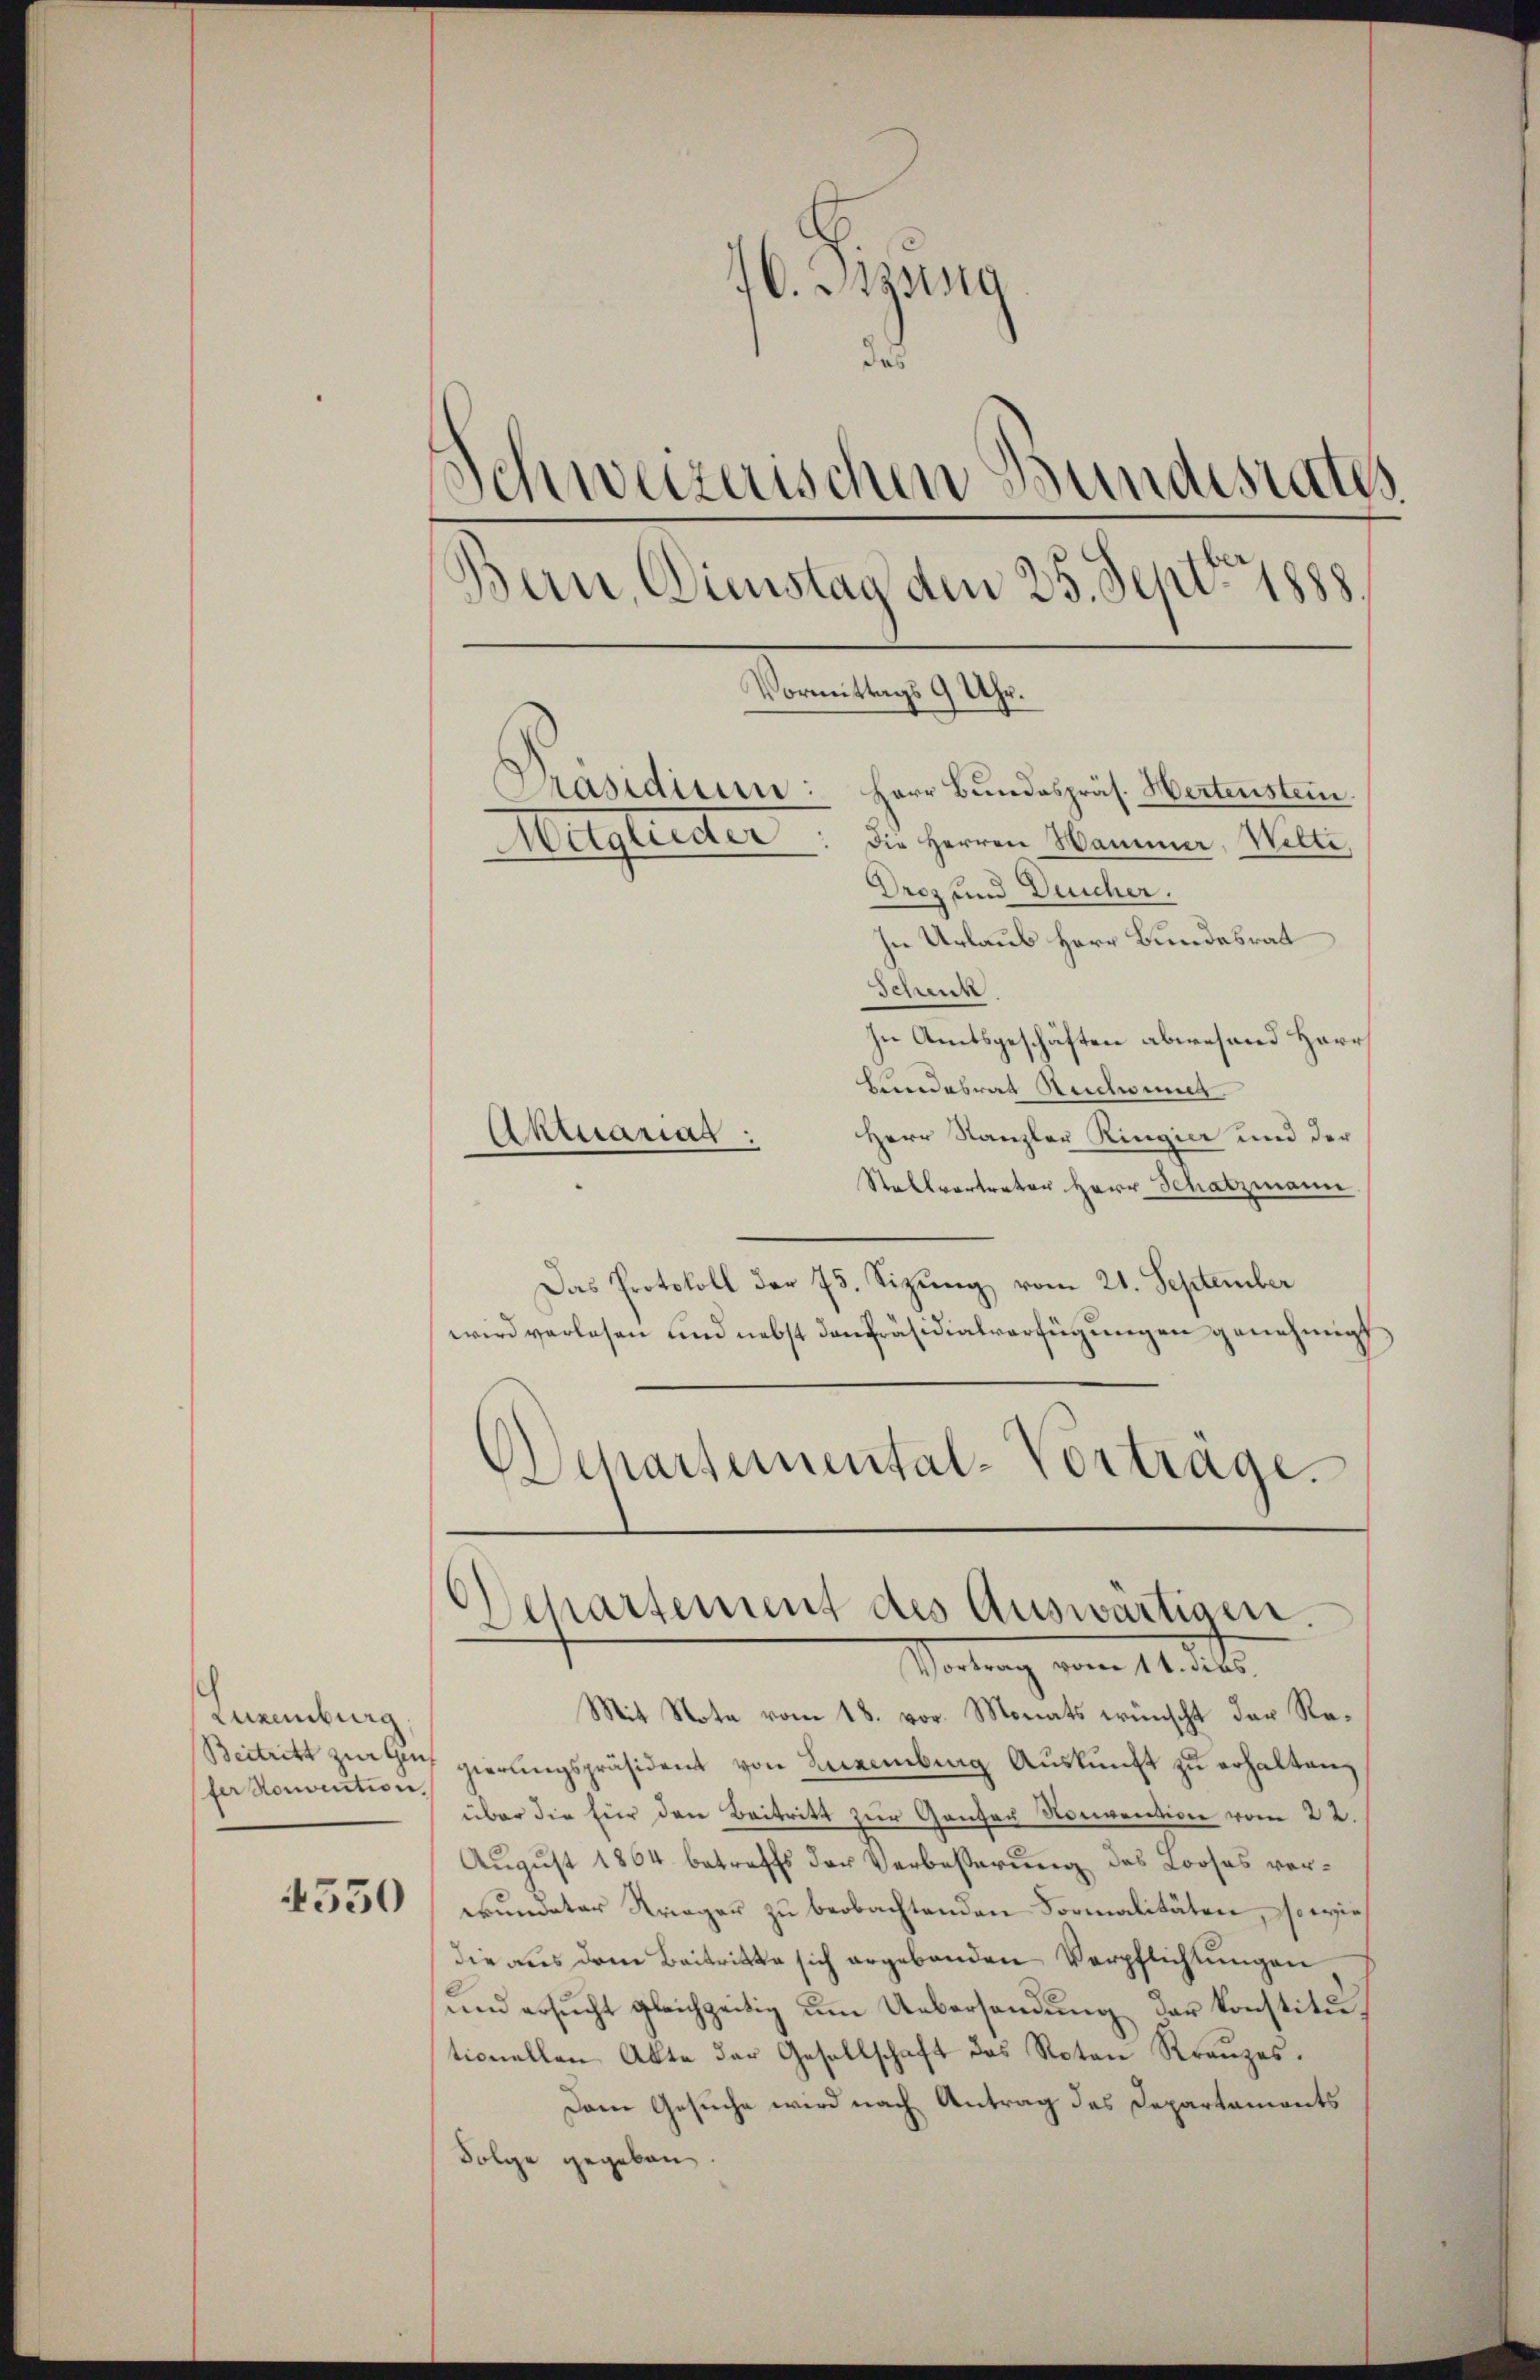
Luxenburg,
fer Konvention

4530

16. Anna
des
Schweizerischen Bundesrates
Bern, Dienstag den 25. Sept. 1888.
Vormittags 9 Uhr.
Präsidiren: Herr Bundespräs. Hertenstein.
Hegtenter
die Herren Wammer, Wilte,

Drez und Deicher.
In Urlaub Herr Bundesrat
Schenk
In Amtsgeschäften abwesend Herr
Bundesrat Reichwinner
Herr Kanzler Ringier und der
Aktuariat
Stallvertreter Herr Schatzmann.
Das Protokoll der 73. Sizung vom 21. September
wird verlesen und nebst den Präsidialverfügungen genehmigt,
Schartemental-Vortrage.

Departement des Auswärtigen.
ortung vom 14. d. d.

Mit Note vom 18. vor. Monats wünscht der Re¬
Beitritt zeitlich gierungspräsident von Luenburg Auskunft zu erhalten,
über die für den Beitritt zur Ganzen Nonvention vom 22.
August 1864 betreffs der Verbesserung des Looses verwundeter Krieger zu beobachtenden Formalitäten, so wies
die aus dem Beitritte sich ergebenden Verpflichtungen
und ersucht gleichzeitig um Uebersendung der konstitutionellen Akte der Gesellschaft das Noten Kranzes.
Dem Gesuche wird nach Antrag des Departaments
Folge gegeben.